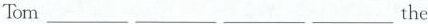
Tom ___ ___ ___ ___the